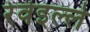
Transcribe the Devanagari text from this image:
रेवेइल्ले